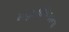
મહાપાલિકાના